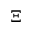
\Xi